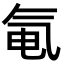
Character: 𬇐